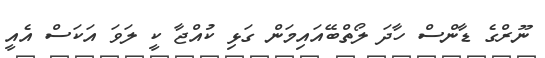
ނޫރްގެ ޑާންސް ހާދަ ލޯތްބޭއައިމަން ގަޅި ކުއްޖާ ކީ ލަވަ އަކަސް އެއީ